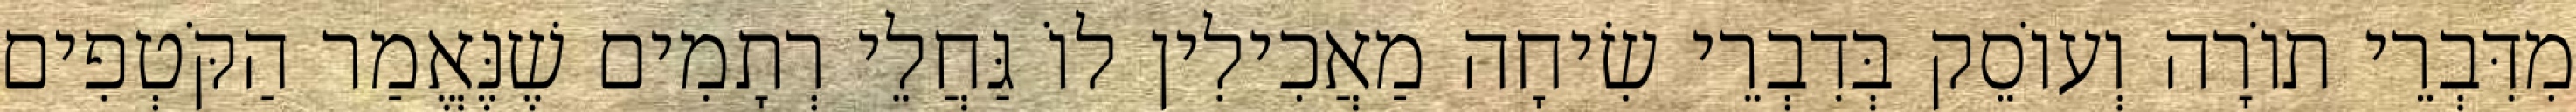
מִדִּבְרֵי תוֹרָה וְעוֹסֵק בְּדִבְרֵי שִׂיחָה מַאֲכִילִין לוֹ גַּחֲלֵי רְתָמִים שֶׁנֶּאֱמַר הַקֹּטְפִים